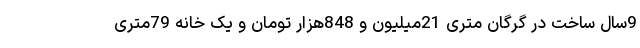
9سال ساخت در گرگان متری 21میلیون و 848هزار تومان و یک خانه 79متری